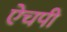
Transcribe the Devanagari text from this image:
ऐचपी